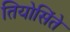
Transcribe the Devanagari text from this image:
तियोसिंते